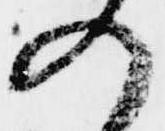
入